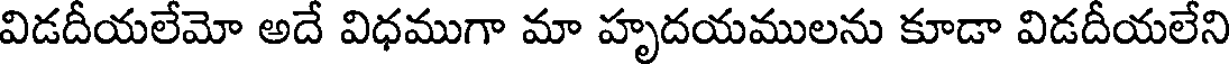
విడదీయలేమో అదే విధముగా మా హృదయములను కూడా విడదీయలేని